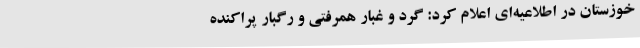
خوزستان در اطلاعیه‌ای اعلام کرد: گرد و غبار همرفتی و رگبار پراکنده